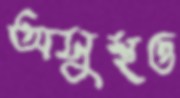
অসুস্থও